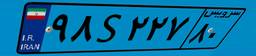
۹۸S۲۲۷۸۰